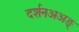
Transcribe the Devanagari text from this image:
दर्शनअअङ्